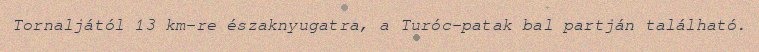
Tornaljától 13 km-re északnyugatra, a Turóc-patak bal partján található.